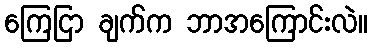
ကြေငြာ ချက်က ဘာအကြောင်းလဲ။